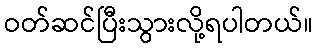
ဝတ်ဆင်ပြီးသွားလို့ရပါတယ်။